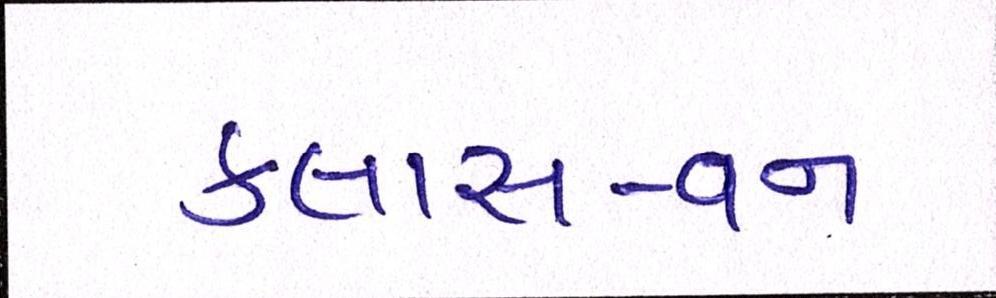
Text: કલાસ-વન